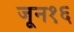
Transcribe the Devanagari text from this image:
जून१६